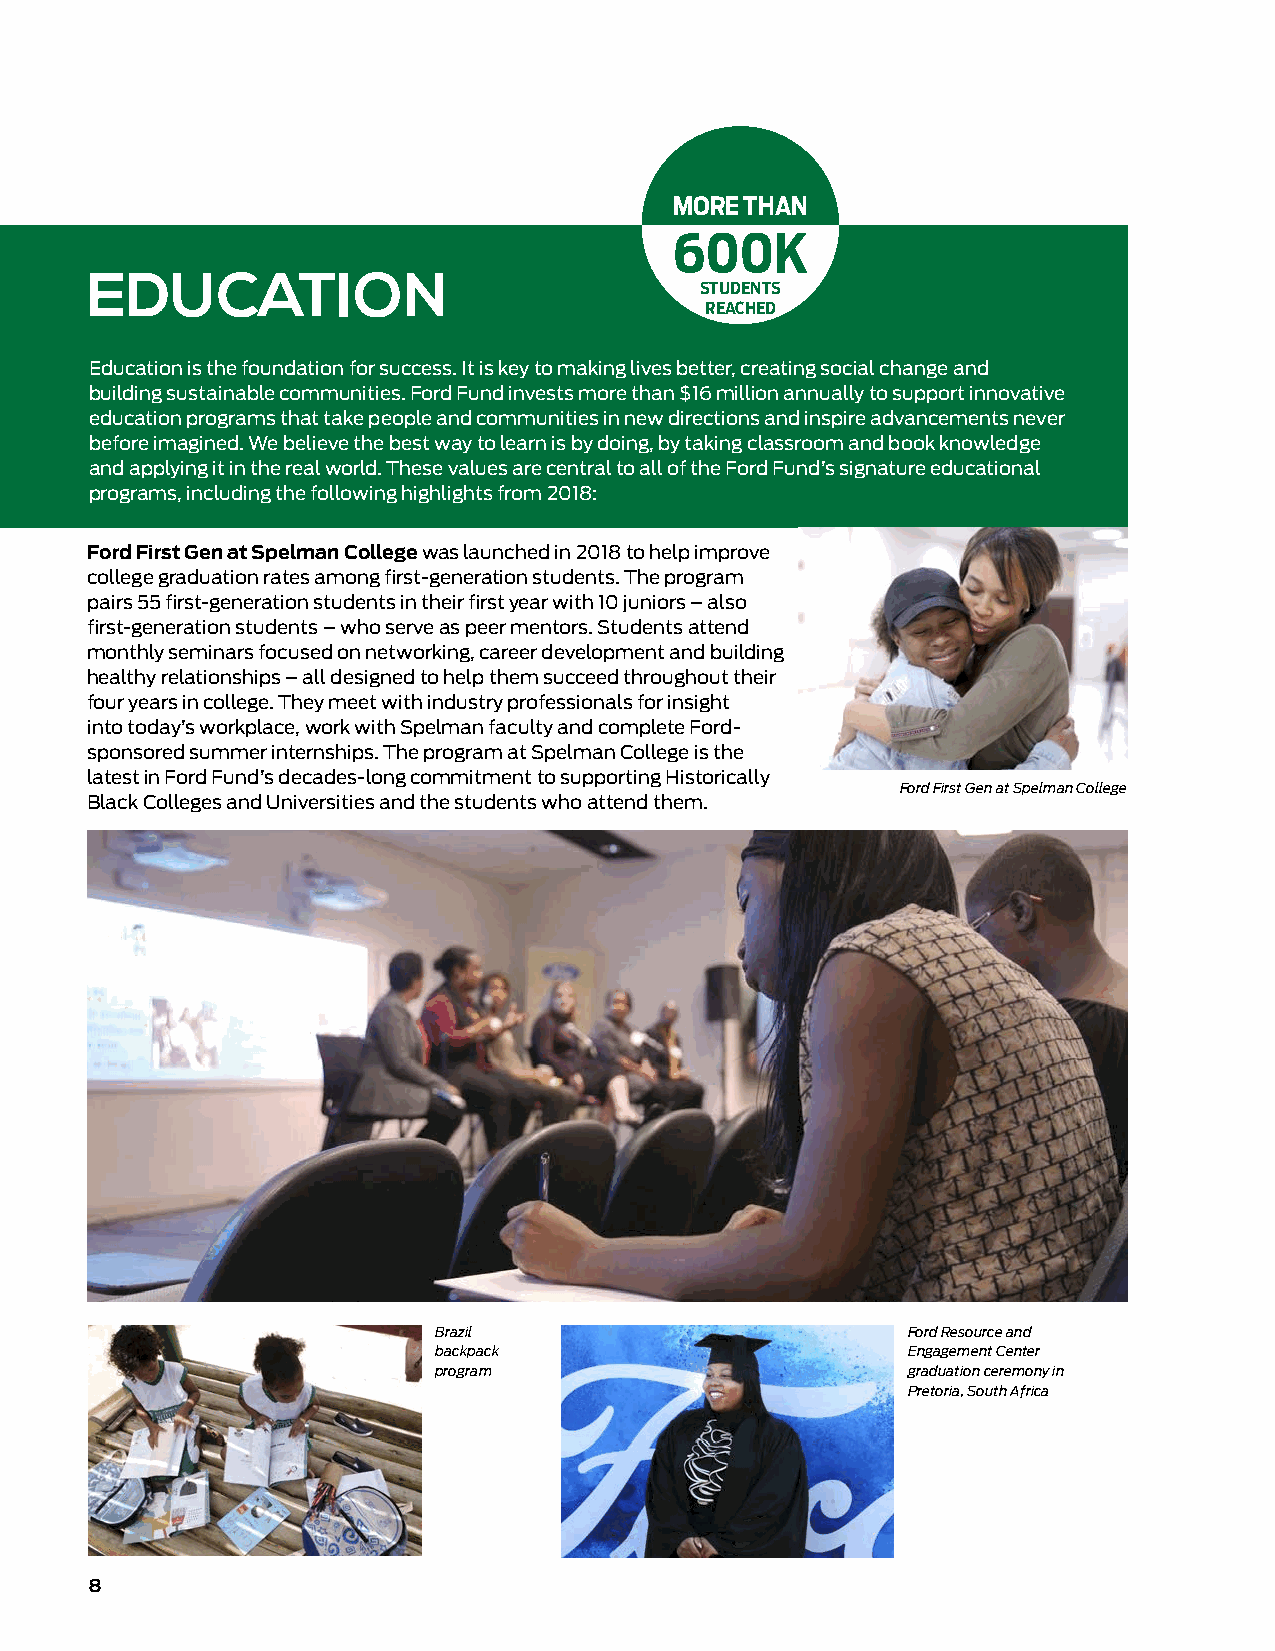
moRe than
 600K
 eduCAtion
 students
 ReaChed
 Education is the foundation for success. It is key to making lives better, creating social change and
 building sustainable communities. Ford Fund invests more than $16 million annually to support innovative
 education programs that take people and communities in new directions and inspire advancements never
 before imagined. We believe the best way to learn is by doing, by taking classroom and book knowledge
 and applying it in the real world. These values are central to all of the Ford Fund’s signature educational
 programs, including the following highlights from 2018:
 Ford First Gen at Spelman College was launched in 2018 to help improve
 college graduation rates among first-generation students. The program
 pairs 55 first-generation students in their first year with 10 juniors – also
 first-generation students – who serve as peer mentors. Students attend
 monthly seminars focused on networking, career development and building
 healthy relationships – all designed to help them succeed throughout their
 four years in college. They meet with industry professionals for insight
 into today’s workplace, work with Spelman faculty and complete Ford-
 sponsored summer internships. The program at Spelman College is the
 latest in Ford Fund’s decades-long commitment to supporting Historically
 Ford First Gen at Spelman College
 Black Colleges and Universities and the students who attend them.
 Brazil                         Ford Resource and
 backpack                       Engagement Center
 program                        graduation ceremony in
 Pretoria, South Africa
 8